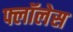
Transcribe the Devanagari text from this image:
फ्लॉलेस